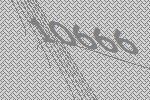
10666